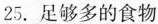
25.足够多的食物